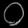
Digit: ၀